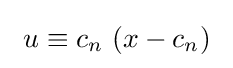
\ u\equiv c_{n}\ (x-c_{n})\